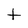
Character: t